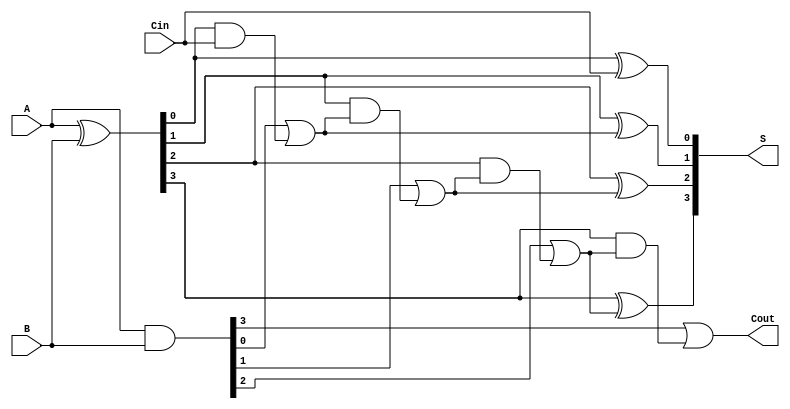
module ling_adder #(parameter n = 4) (
    input  [n-1:0] A,       // First n-bit input
    input  [n-1:0] B,       // Second n-bit input
    input         Cin,       // Carry-in
    output [n-1:0] S,       // Sum output
    output         Cout       // Carry-out
);

    // Generate and propagate signals
    wire [n-1:0] G; // Generate signals
    wire [n-1:0] P; // Propagate signals
    wire [n:0] C;   // Carry signals (C[0] = Cin, C[n] = Cout)

    // Generate and propagate logic
    assign G = A & B;             // G[i] = A[i] & B[i]
    assign P = A ^ B;             // P[i] = A[i] ^ B[i]

    // Carry generation using the Ling Adder logic
    assign C[0] = Cin;            // C[0] is the input carry
    genvar i;
    generate
        for (i = 0; i < n; i = i + 1) begin : carry_logic
            assign C[i + 1] = G[i] | (P[i] & C[i]);
        end
    endgenerate

    // Sum calculation
    generate
        for (i = 0; i < n; i = i + 1) begin : sum_logic
            assign S[i] = P[i] ^ C[i]; // S[i] = P[i] ^ C[i]
        end
    endgenerate

    // Carry-out
    assign Cout = C[n];           // Cout is the last carry output

endmodule